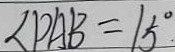
\angle D A B = 1 5 ^ { \circ }